Education (Scotland) Act, 1918, 1918
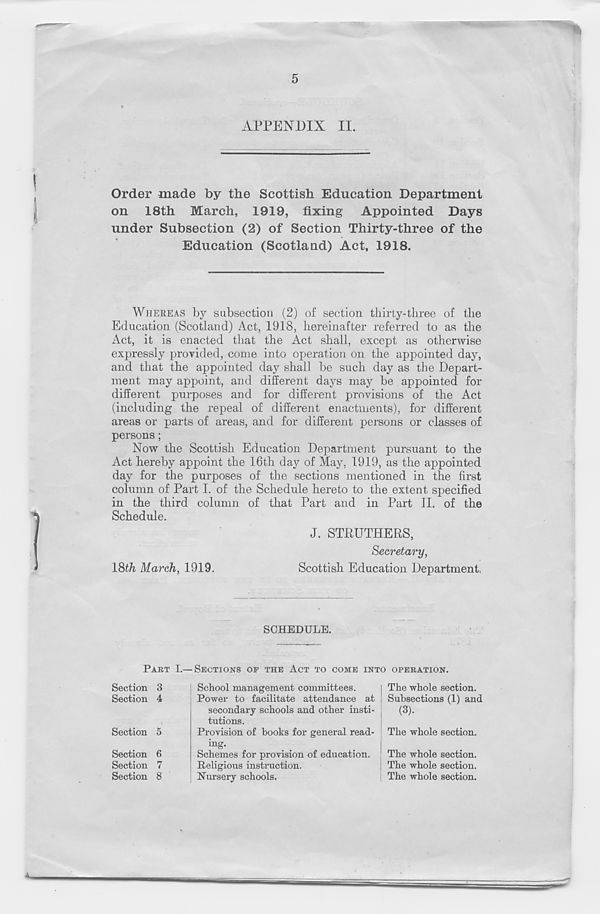
5
APPENDIX II.
Order made by the Scottish Education Department
on 18th March, 1919, fixing Appointed Days
under Subsection (2) of Section Thirty-three of the
Education (Scotland) Act, 1918.
WHEREAS by subsection (2) of section thirty-three of the
Education (Scotland) Act, 1918, hereinafter referred to as the
Act, it is enacted that the Act shall, except as otherwise
expressly provided, come into operation on the appointed day,
and that the appointed da} 7 shall be such day as the Depart-
ment may appoint, and different days may be appointed for
different purposes and for different provisions of the Act
(including the repeal of different enactments), for different
areas or parts of areas, and for different persons or classes of
persons;
Now the Scottish Education Department pursuant to the
Act hereby appoint the 16th day of May, 1919, as the appointed
day for the purposes of the sections mentioned in the first
column of Part I. of the Schedule hereto to the extent specified
in the third column of that Part and in Part 11. of the
Schedule.
J. STRUTHERS,
Secretary,
18th March, 1919.
Scottish Education Department,
SCHEDULE.
PART I.—SECTIONS OE THE ACT TO COME INTO OPERATION.
Section 3
Section 4
Section 5
Section 6
Section 7
Section 8
School management committees.
Power to facilitate attendance at
secondary schools and other insti-
tutions.
Provision of hooks for general read-
ing.
Schemes for provision of education.
Religious instruction.
Nursery schools.
The whole section.
Subsections (1) and
(3).
The whole section.
The whole section.
The whole section.
The whole section.